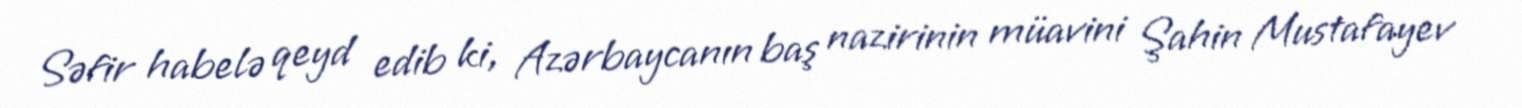
Səfir habelə qeyd edib ki, Azərbaycanın baş nazirinin müavini Şahin Mustafayev